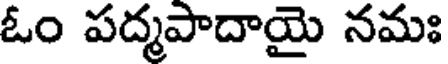
ఓం పద్మపాదాయై నమః